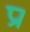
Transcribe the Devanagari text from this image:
प्र।